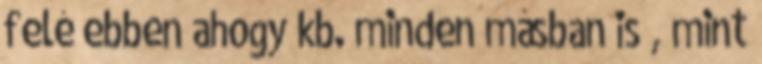
felé ebben ahogy kb. minden másban is , mint